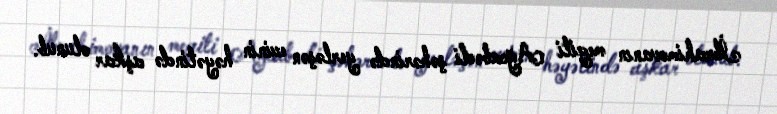
İbrahimovanın meyiti Ağcabədi şəhərində yerləşən evinin həyətində aşkar olunub.